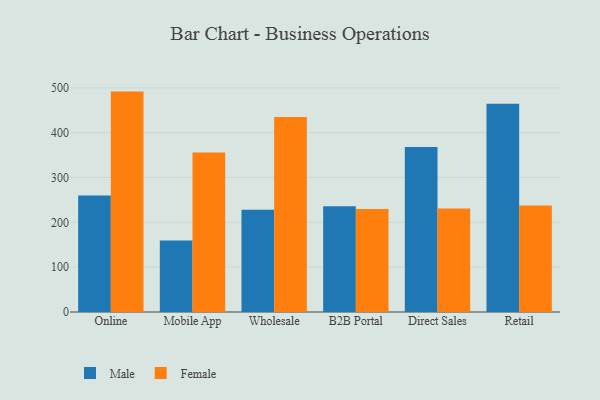
{"axis": {"x": "Channel", "y": "Conversion Rate (%)"}, "legend": ["Female", "Male"], "data": [{"x": "Online", "y": 259.7, "type": "Male"}, {"x": "Online", "y": 491.7, "type": "Female"}, {"x": "Mobile App", "y": 159.3, "type": "Male"}, {"x": "Mobile App", "y": 355.9, "type": "Female"}, {"x": "Wholesale", "y": 228.3, "type": "Male"}, {"x": "Wholesale", "y": 434.9, "type": "Female"}, {"x": "B2B Portal", "y": 236.0, "type": "Male"}, {"x": "B2B Portal", "y": 229.7, "type": "Female"}, {"x": "Direct Sales", "y": 368.2, "type": "Male"}, {"x": "Direct Sales", "y": 230.7, "type": "Female"}, {"x": "Retail", "y": 464.4, "type": "Male"}, {"x": "Retail", "y": 237.6, "type": "Female"}]}